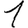
Digit: 1